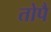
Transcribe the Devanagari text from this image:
तोपै